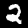
Digit: 2